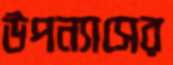
উপন্যাসের